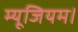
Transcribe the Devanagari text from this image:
म्यूजियम।